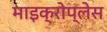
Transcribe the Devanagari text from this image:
माइक्रोप्लेस